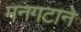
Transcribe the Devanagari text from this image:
मनगटाने